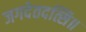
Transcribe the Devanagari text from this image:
जगदेतदत्सि॥